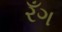
રઁગ